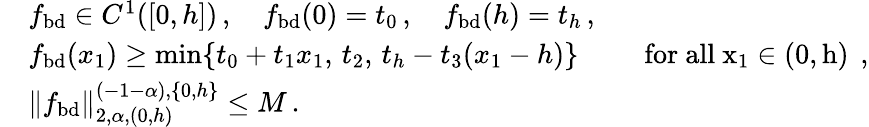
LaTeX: \begin{array}{rl}&{f_{\mathrm{bd}}\in C^{1}([0,h])\, ,\quad f_{\mathrm{bd}}(0)=t_{0}\, ,\quad f_{\mathrm{bd}}(h)=t_{h}\, ,}\\ &{f_{\mathrm{bd}}(x_{1})\geq\operatorname*{min}\{ t_{0}+t_{1}x_{1},\, t_{2},\, t_{h}-t_{3}(x_{1}-h)\} \qquad\, \, \mathrm{for~all~x_1\in(0,h)~}\, ,}\\ &{\| f_{\mathrm{bd}}\| _{2,\alpha,(0,h)}^{(-1-\alpha),\{ 0,h\} }\leq M\, .}\end{array}